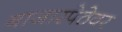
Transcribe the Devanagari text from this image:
बाजारपेठेवर